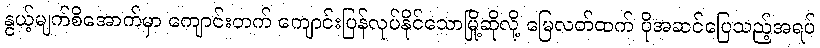
နွယ့်မျက်စိအောက်မှာ ကျောင်းတက် ကျောင်းပြန်လုပ်နိုင်သောမြို့ဆိုလို့ မြေလတ်ထက် ပိုအဆင်ပြေသည့်အရပ်